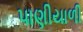
પાણીયાળી